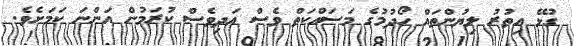
ގުޅޭ އިތުރު ލިޔުންތައް ހޯދުމުގެ މަސައްކަތް ވެސް އަދިވެސް ކުރަމުން އަންނަ ކަމަށެވެ.